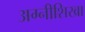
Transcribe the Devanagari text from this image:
अग्नीशिखा